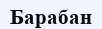
Барабан